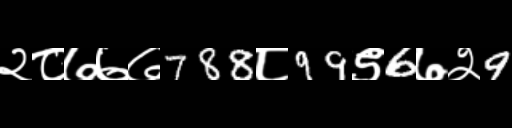
Text: २८७७७788८99९6७२9